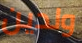
ولدين